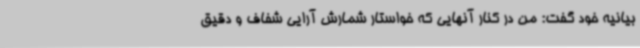
بیانیه خود گفت: من در کنار آنهایی که خواستار شمارش آرایی شفاف و دقیق